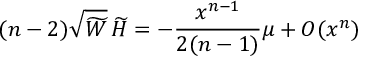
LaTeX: ( n - 2 ) \sqrt { \widetilde W } \, \widetilde H = - \frac { x ^ { n - 1 } } { 2 ( n - 1 ) } \mu + { \cal O } ( x ^ { n } )